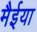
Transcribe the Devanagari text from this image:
मैईया